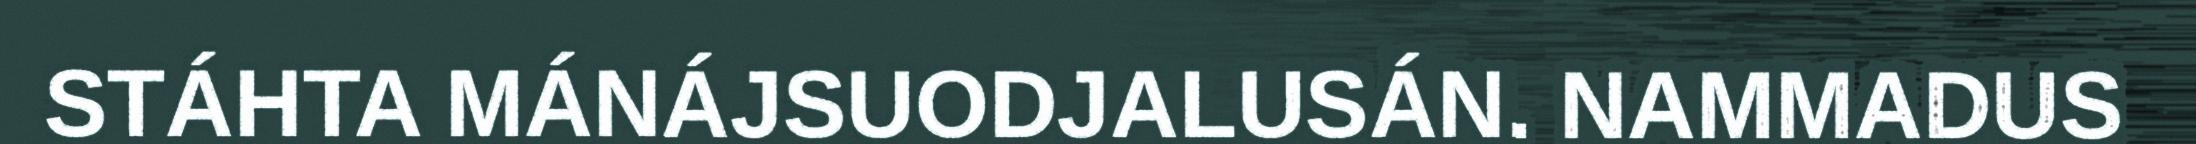
STÁHTA MÁNÁJSUODJALUSÁN. NAMMADUS